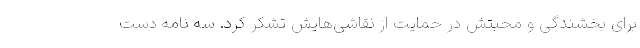
برای بخشندگی و محبتش در حمایت از نقاشی‌هایش تشکر کرد. سه نامه دست